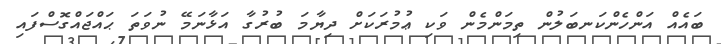
ބައެއް އަންހެންކަނބަލުން ތިމަންމެން ވަކި ޢުމުރަކަށް ދިޔާމަ ބުރުގާ އަޅާނަމޭ ނުވަތަ ޙައްޖައްގޮސްފައި